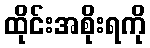
ထိုင်းအစိုးရကို